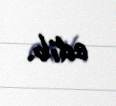
edib.